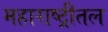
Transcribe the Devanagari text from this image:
महाराष्ट्रीतल